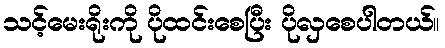
သင့်မေးရိုးကို ပိုထင်းစေပြီး ပိုလှစေပါတယ်။